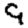
Digit: 9